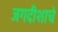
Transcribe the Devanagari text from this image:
जगदीशाचे